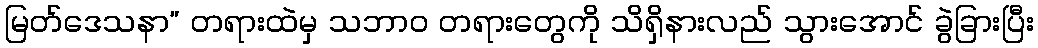
မြတ်ဒေသနာ” တရားထဲမှ သဘာဝ တရားတွေကို သိရှိနားလည် သွားအောင် ခွဲခြားပြီး